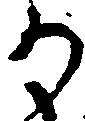
か